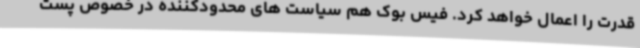
قدرت را اعمال خواهد کرد. فیس بوک هم سیاست های محدودکننده در خصوص پست